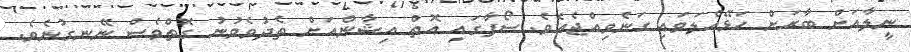
ނީލާއަށް ބާރަށް ހަޅޭއްލަވައި ގަނެވިއްޖެއެވެ. ސޯފާގައި އޮތް އިޝާންއަށް ތެދުވެވުނު ގޮތްވެސް ނޭނގުނެވެ.